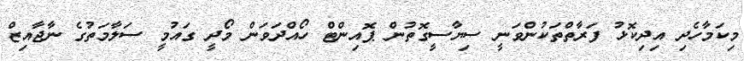
މިކަމާހެދި އިދިކޮޅު ފަރާތްތަކުންވަނީ ސިޔާސީގޮތުން ޕޮއިންޓް ހޯއްދަވަން މޯދީ ގައުމީ ސަލާމަތުގެ ނާޖާއިޒް